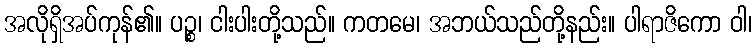
အလိုရှိအပ်ကုန်၏။ ပဉ္စ၊ ငါးပါးတို့သည်။ ကတမေ၊ အဘယ်သည်တို့နည်း။ ပါရာဇိကော ဝါ၊